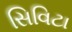
સિવિટા